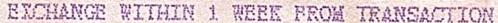
EXCHANGE WITHIN 1 WEEK FROM TRANSACTION